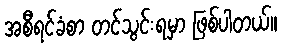
အစီရင်ခံစာ တင်သွင်းရမှာ ဖြစ်ပါတယ်။